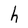
Character: h